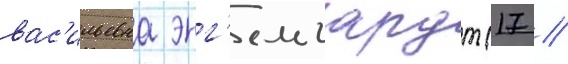
вас'ильевна энг'ельгардт (17 //